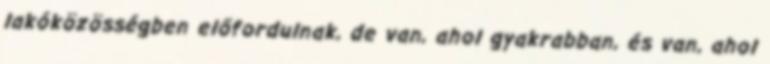
lakóközösségben előfordulnak, de van, ahol gyakrabban, és van, ahol